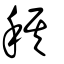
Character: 稘